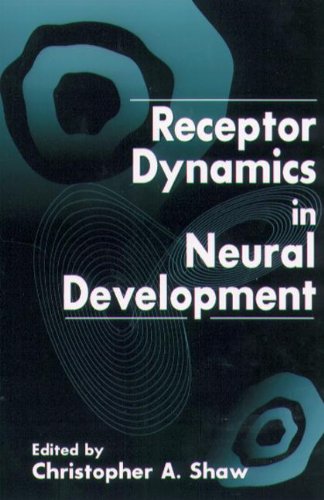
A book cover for Receptor Dynamics in Neural Development (Handbooks in Pharmacology and Toxicology); Christopher Ari Shaw; Medical Books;